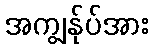
အကျွန်ုပ်အား